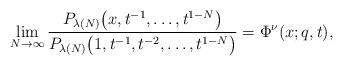
LaTeX: \begin{align*}\lim_{N\rightarrow\infty}{\frac{P_{\lambda(N)}\big(x, t^{-1}, \dots, t^{1 - N}\big)}{P_{\lambda(N)}\big(1, t^{-1}, t^{-2}, \dots, t^{1 - N}\big)}} = \Phi^{\nu}(x; q, t),\end{align*}